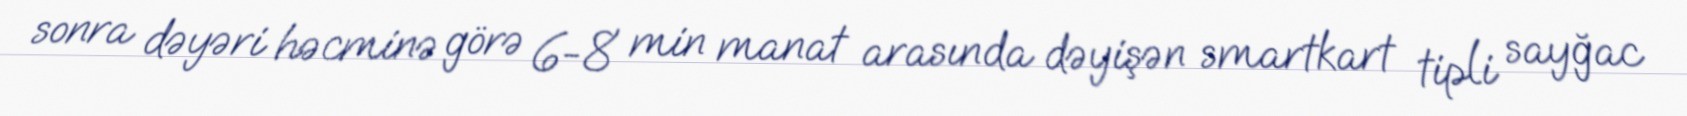
sonra dəyəri həcminə görə 6-8 min manat arasında dəyişən smartkart tipli sayğac